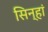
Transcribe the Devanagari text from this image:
सिन्हां